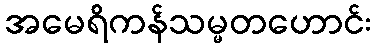
အမေရိကန်သမ္မတဟောင်း